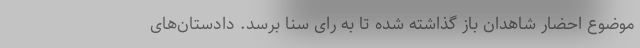
موضوع احضار شاهدان باز گذاشته شده تا به رای سنا برسد. دادستان‌های